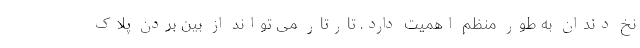
نخ دندان به طور منظم اهمیت دارد. تارتار می تواند از بین بردن پلاک